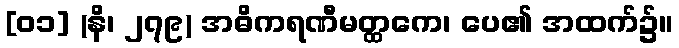
[၀၁] (နိ၊ ၂၇၉) အဓိကရဏီမတ္ထကေ၊ ပေ၏ အထက်၌။